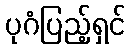
ပုဂံပြည့်ရှင်